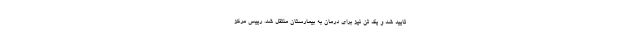
تایید شد و یک تن نیز برای درمان به بیمارستان منتقل شد. رییس مرکز